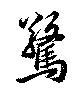
驚